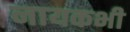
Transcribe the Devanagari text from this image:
नायकभी